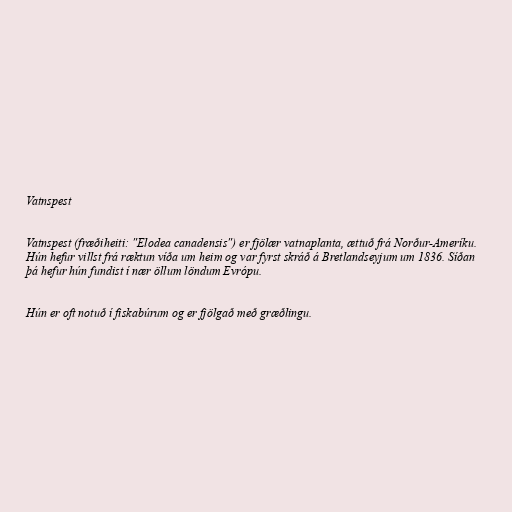
Vatnspest

Vatnspest (fræðiheiti: "Elodea canadensis") er fjölær vatnaplanta, ættuð frá Norður-Ameríku.
Hún hefur villst frá ræktun víða um heim og var fyrst skráð á Bretlandseyjum um 1836. Síðan
þá hefur hún fundist í nær öllum löndum Evrópu.

Hún er oft notuð í fiskabúrum og er fjölgað með græðlingu.